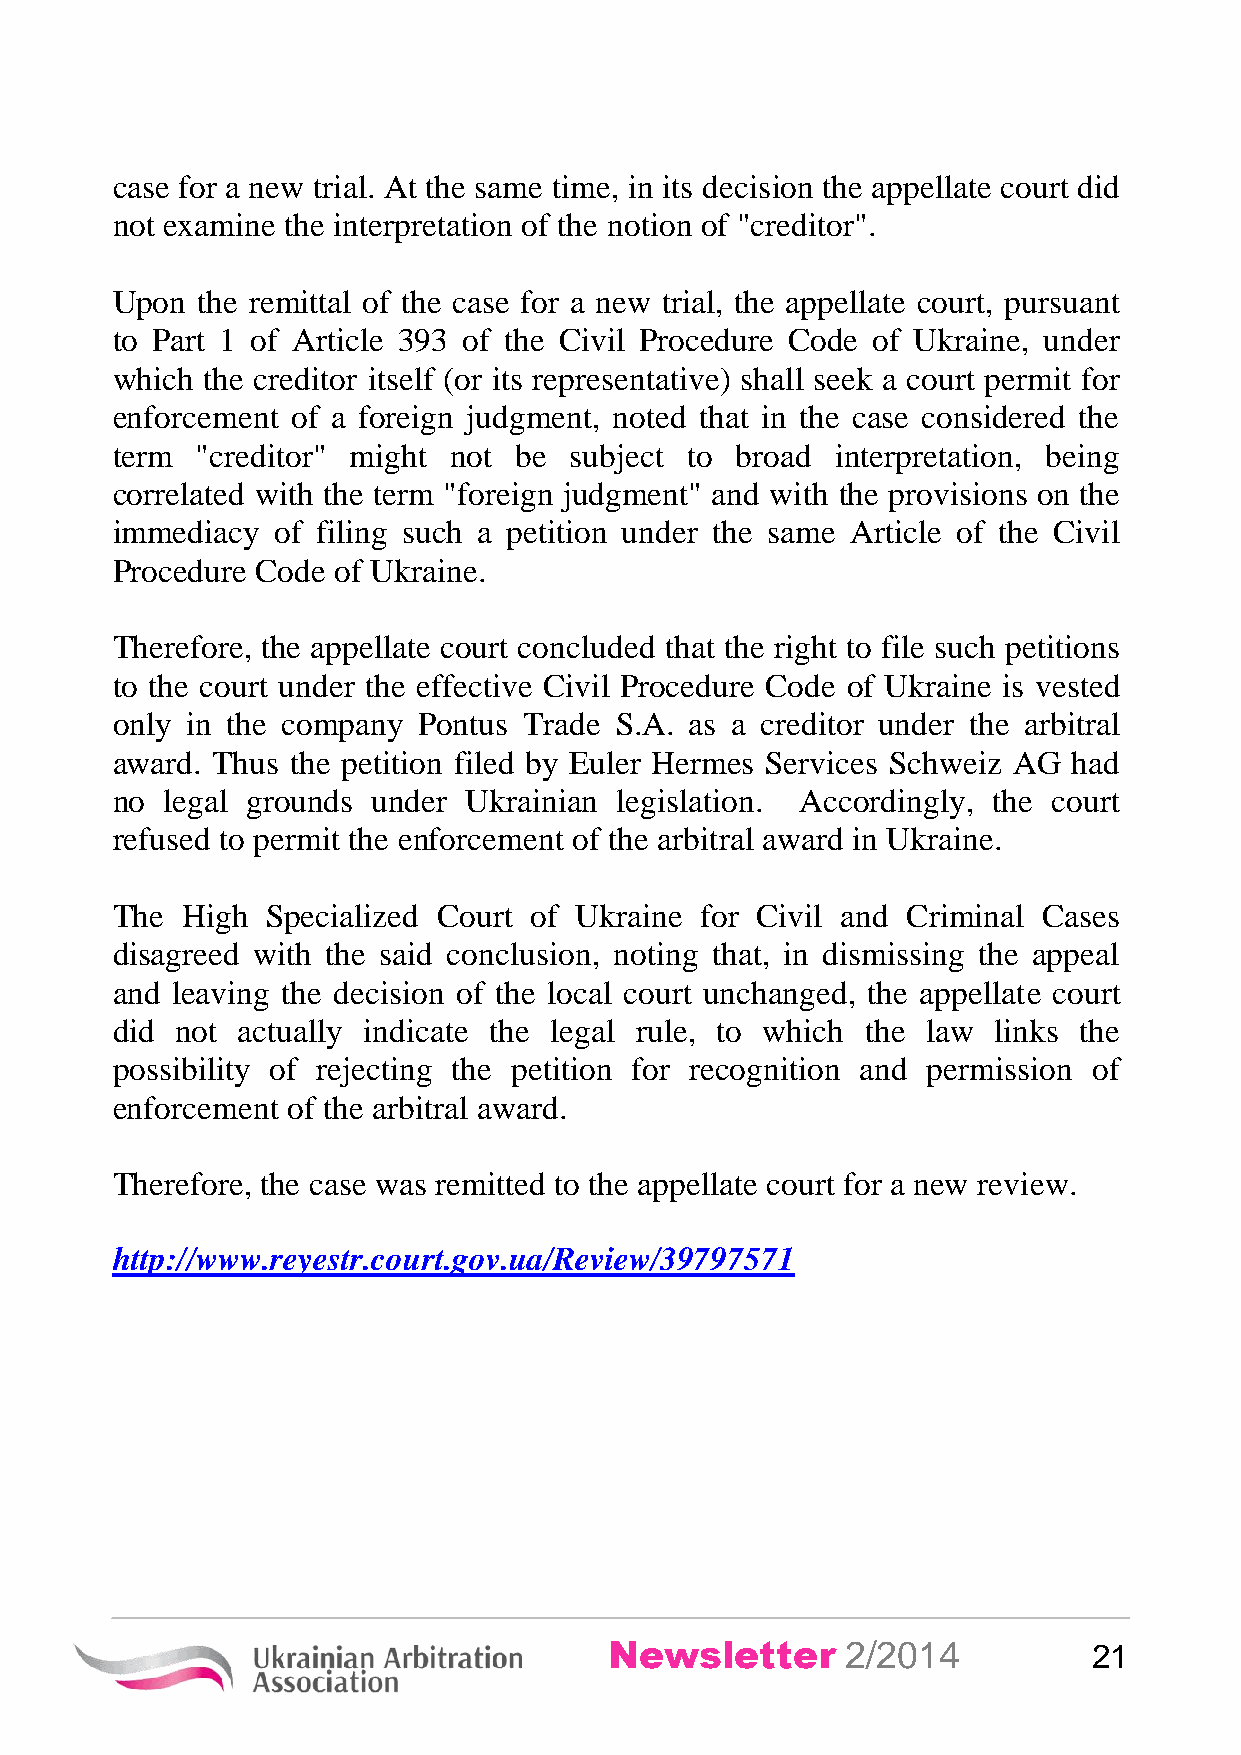
case for a new trial. At the same time, in its decision the appellate court did
 not examine the interpretation of the notion of "creditor".
 Upon  the remittal of the case for a new trial, the appellate court, pursuant
 to Part 1 of Article 393 of the Civil Procedure Code of Ukraine, under
 which the creditor itself (or its representative) shall seek a court permit for
 enforcement of a foreign judgment, noted that in the case considered the
 term  "creditor" might not be  subject to broad interpretation, being
 correlated with the term "foreign judgment" and with the provisions on the
 immediacy  of filing such a petition under the same Article of the Civil
 Procedure Code of Ukraine.
 Therefore, the appellate court concluded that the right to file such petitions
 to the court under the effective Civil Procedure Code of Ukraine is vested
 only in the company  Pontus Trade S.A. as a creditor under the arbitral
 award. Thus the petition filed by Euler Hermes Services Schweiz AG had
 no  legal grounds under Ukrainian legislation. Accordingly, the court
 refused to permit the enforcement of the arbitral award in Ukraine.
 The  High  Specialized Court of Ukraine for Civil and Criminal Cases
 disagreed with the said conclusion, noting that, in dismissing the appeal
 and leaving the decision of the local court unchanged, the appellate court
 did  not actually indicate the legal rule, to which the law links the
 possibility of rejecting the petition for recognition and permission of
 enforcement of the arbitral award.
 Therefore, the case was remitted to the appellate court for a new review.
 http://www.reyestr.court.gov.ua/Review/39797571
 Newsletter      2/2014          21